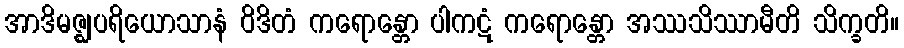
အာဒိမဇ္ဈပရိယောသာနံ ဝိဒိတံ ကရောန္တော ပါကဋံ ကရောန္တော အဿသိဿာမီတိ သိက္ခတိ။